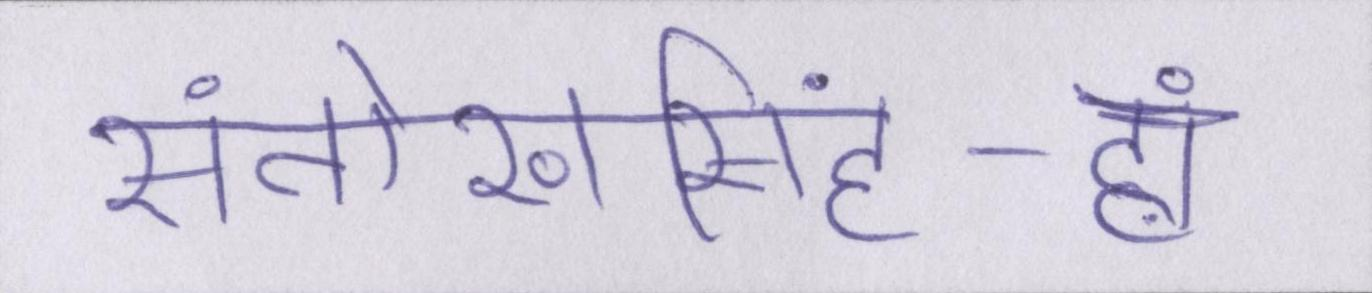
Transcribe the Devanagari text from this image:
संतोखसिंह-हां